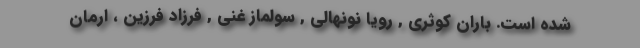
شده است. باران کوثری , رویا نونهالی , سولماز غنی , فرزاد فرزین ، ارمان